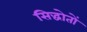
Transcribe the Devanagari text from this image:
सिद्धोतों